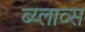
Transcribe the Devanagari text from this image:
ब्य्लाव्स